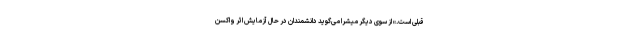
قبلی است.» از سوی دیگر میشرا می‌گوید دانشمندان در حال آزمایش اثر واکسن